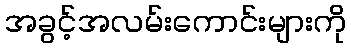
အခွင့်အလမ်းကောင်းများကို